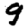
Digit: 9